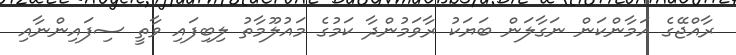
ރާއްޖޭގެ އަމާންކަން ނަގާލަން ބަޔަކު ރާވަމުންދާ ކަމުގެ މައުލޫމާތު ލިބިފައި ވާތީ ސިފައިންނާއި